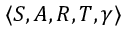
\langle S , A , R , T , \gamma \rangle